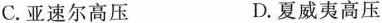
C.亚速尔高压 D.夏威夷高压